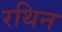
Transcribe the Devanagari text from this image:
रथिन